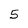
Character: 5